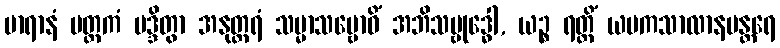
မာရာနံ မတ္ထကံ မဒ္ဒိတွာ အနုတ္တရံ သမ္မာသမ္ဗောဓိံ အဘိသမ္ဗုဒ္ဓေါ, ယဉ္စ ရတ္တိံ ယမကသာလာနမန္တရေ